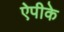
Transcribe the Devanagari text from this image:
ऐपीके